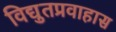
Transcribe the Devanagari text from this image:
विद्युतप्रवाहास